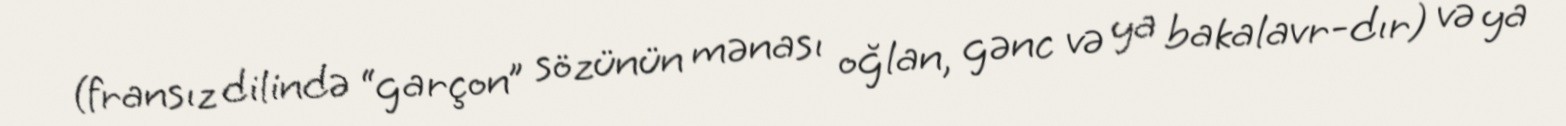
(fransız dilində “garçon” sözünün mənası oğlan, gənc və ya bakalavr-dır) və ya